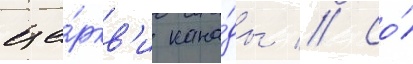
це́ркв'и кана́ды // Со́